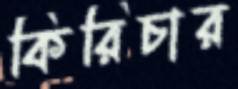
কিরিচার